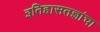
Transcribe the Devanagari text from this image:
इतिहासतज्ञांचा